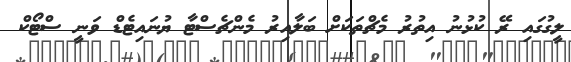
ލީގުގައި ރޭ ކުޅުނު އިތުރު މެޗްތަކަށް ބަލާއިރު މެންޗެސްޓާ ޔުނައިޓެޑް ވަނީ ސްޓޯކް